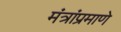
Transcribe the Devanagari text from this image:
मंत्रांप्रमाणे